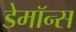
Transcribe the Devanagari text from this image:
डेमॉन्स